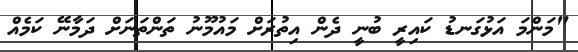
"މަންމަ އަޅުގަނޑު ކައިރީ ބުނީ ދެން އިތުރަށް މައުމޫނު ތަންތަނަށް ދަމާނޭ ކަމެއް